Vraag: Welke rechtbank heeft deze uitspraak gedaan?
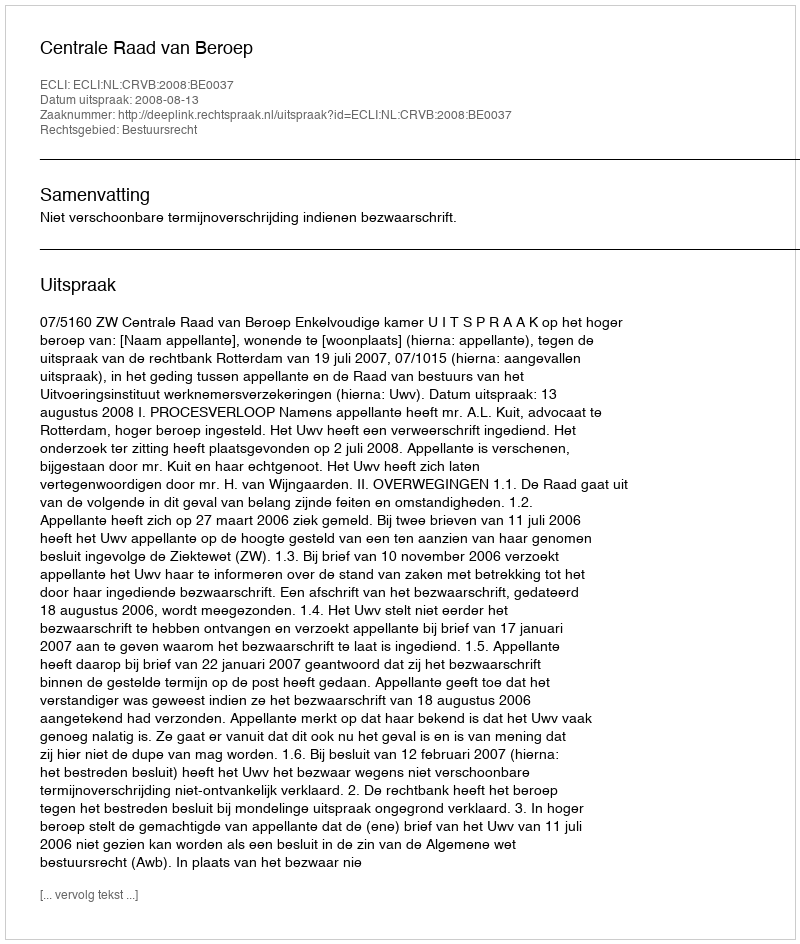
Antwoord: Centrale Raad van Beroep